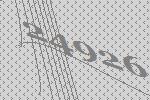
24926